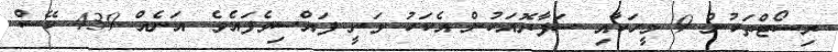
ރިސޯޓްތަކުން 9 މީހަކާއި ސަފާރޮއަކުން އެކަކު ވަނީ ފައްސިވެފައެވެ. އަނެއް 439 ކޭސް